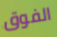
الفوق